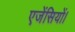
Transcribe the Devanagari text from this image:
एजेंसियों।